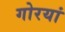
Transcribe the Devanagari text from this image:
गोरयां